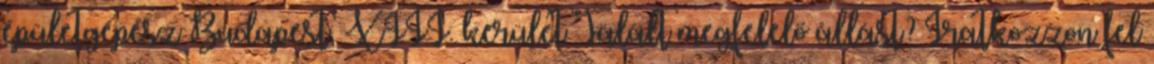
épületgépész Budapest, XIII. kerület Talált megfelelő állást? Iratkozzon fel